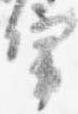
宰